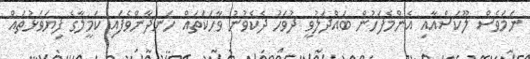
ނަމަވެސް ލޫކަސްއާއި އެންމެފަހުން ބައްދަލުވީ ދުވަހު ދެކެވުނު ވާހަކަތައް ހަނދާންވެފައި ކަމީލާގެ ފިޔަވަޅުތައް